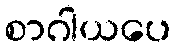
စာဂါယပေ